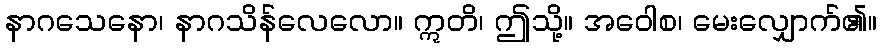
နာဂသေနော၊ နာဂသိန်လေလော။ ဣတိ၊ ဤသို့။ အဝေါစ၊ မေးလျှောက်၏။